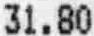
31.80